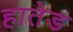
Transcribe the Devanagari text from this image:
हातेड